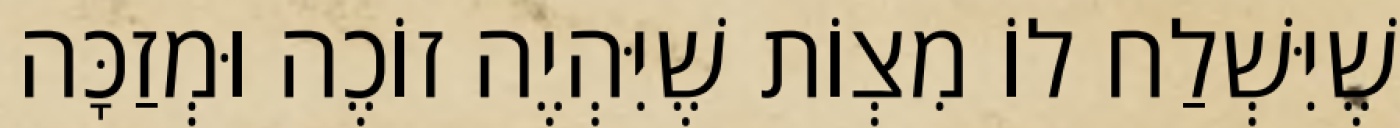
שֶׁיִּשְׁלַח לוֹ מִצְוֹת שֶׁיִּהְיֶה זוֹכֶה וּמְזַכָּה